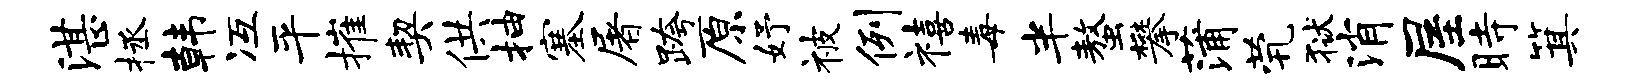
湛拯韩冱平摧契供抽塞屠跨原妤被例禧毒半螯攀蒲茕狱消屋时箕